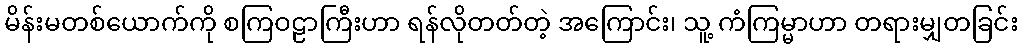
မိန်းမတစ်ယောက်ကို စကြဝဠာကြီးဟာ ရန်လိုတတ်တဲ့ အကြောင်း၊ သူ့ ကံကြမ္မာဟာ တရားမျှတခြင်း